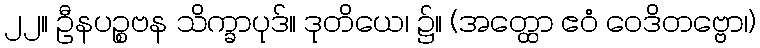
၂၂။ ဦနပဉ္စဗန သိက္ခာပုဒ်။ ဒုတိယေ၊ ၌။ (အတ္ထော ဧဝံ ဝေဒိတဗ္ဗော၊)